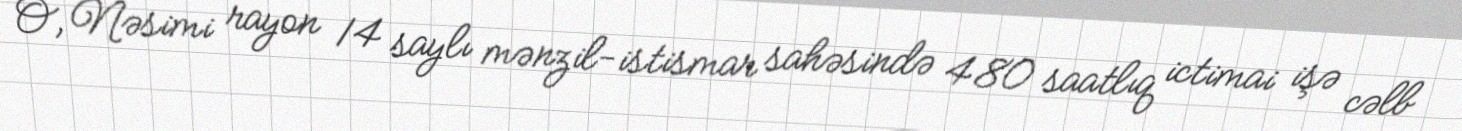
O, Nəsimi rayon 14 saylı mənzil-istismar sahəsində 480 saatlıq ictimai işə cəlb